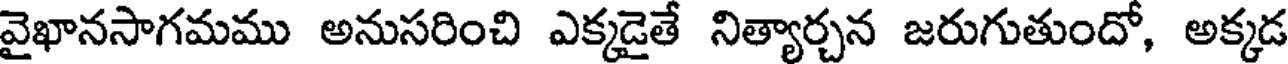
వైఖానసాగమము అనుసరించి ఎక్కడైతే నిత్యార్చన జరుగుతుందో, అక్కడ